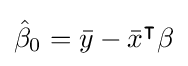
{\hat {\beta }}_{0}={\bar {y}}-{\bar {x}}^{\intercal }\beta